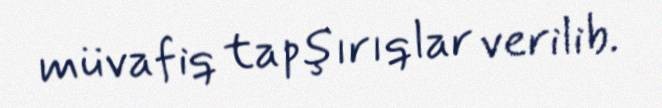
müvafiq tapşırıqlar verilib.